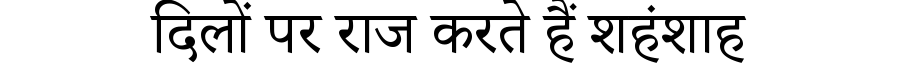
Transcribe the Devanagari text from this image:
दिलों पर राज करते हैं शहंशाह